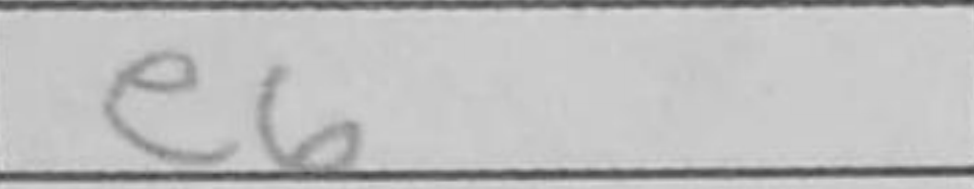
Transcription: e6